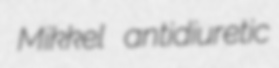
Mikkel antidiuretic